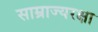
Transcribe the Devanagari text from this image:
साम्राज्यरक्षा